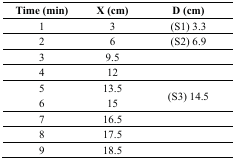
<table><thead><tr><td><b>Time (min)</b></td><td><b>X (cm)</b></td><td><b>D (cm)</b></td></tr></thead><tbody><tr><td>1</td><td>3</td><td>(S1) 3.3</td></tr><tr><td>2</td><td>6</td><td>(S2) 6.9</td></tr><tr><td>3</td><td>9.5</td><td></td></tr><tr><td>4</td><td>12</td><td></td></tr><tr><td>5</td><td>13.5</td><td rowspan="2">(S3) 14.5</td></tr><tr><td>6</td><td>15</td></tr><tr><td>7</td><td>16.5</td><td></td></tr><tr><td>8</td><td>17.5</td><td></td></tr><tr><td>9</td><td>18.5</td><td></td></tr></tbody></table>